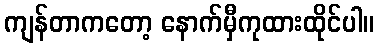
ကျန်တာကတော့ နောက်မှီကုထားထိုင်ပါ။